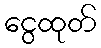
ငွေထုတ်